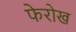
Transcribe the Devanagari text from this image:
फेरोख